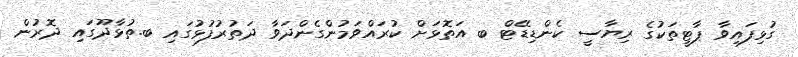
ގުޅިފައިވާ ޕާޓީތަކުގެ ރިޔާސީ ކެންޑިޑޭޓް ބ އަތޮޅަށް ކުރައްވަމުންގެންދަވާ ދަތުރުފުޅުގައި ބ.ތުޅާދޫގައި ދޮރުން